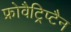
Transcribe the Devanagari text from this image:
फ्रोवैट्रिप्टैन